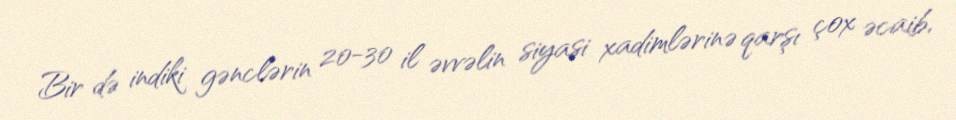
Bir də indiki gənclərin 20-30 il əvvəlin siyasi xadimlərinə qarşı çox əcaib,